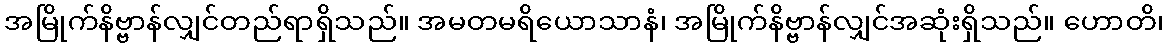
အမြိုက်နိဗ္ဗာန်လျှင်တည်ရာရှိသည်။ အမတမရိယောသာနံ၊ အမြိုက်နိဗ္ဗာန်လျှင်အဆုံးရှိသည်။ ဟောတိ၊